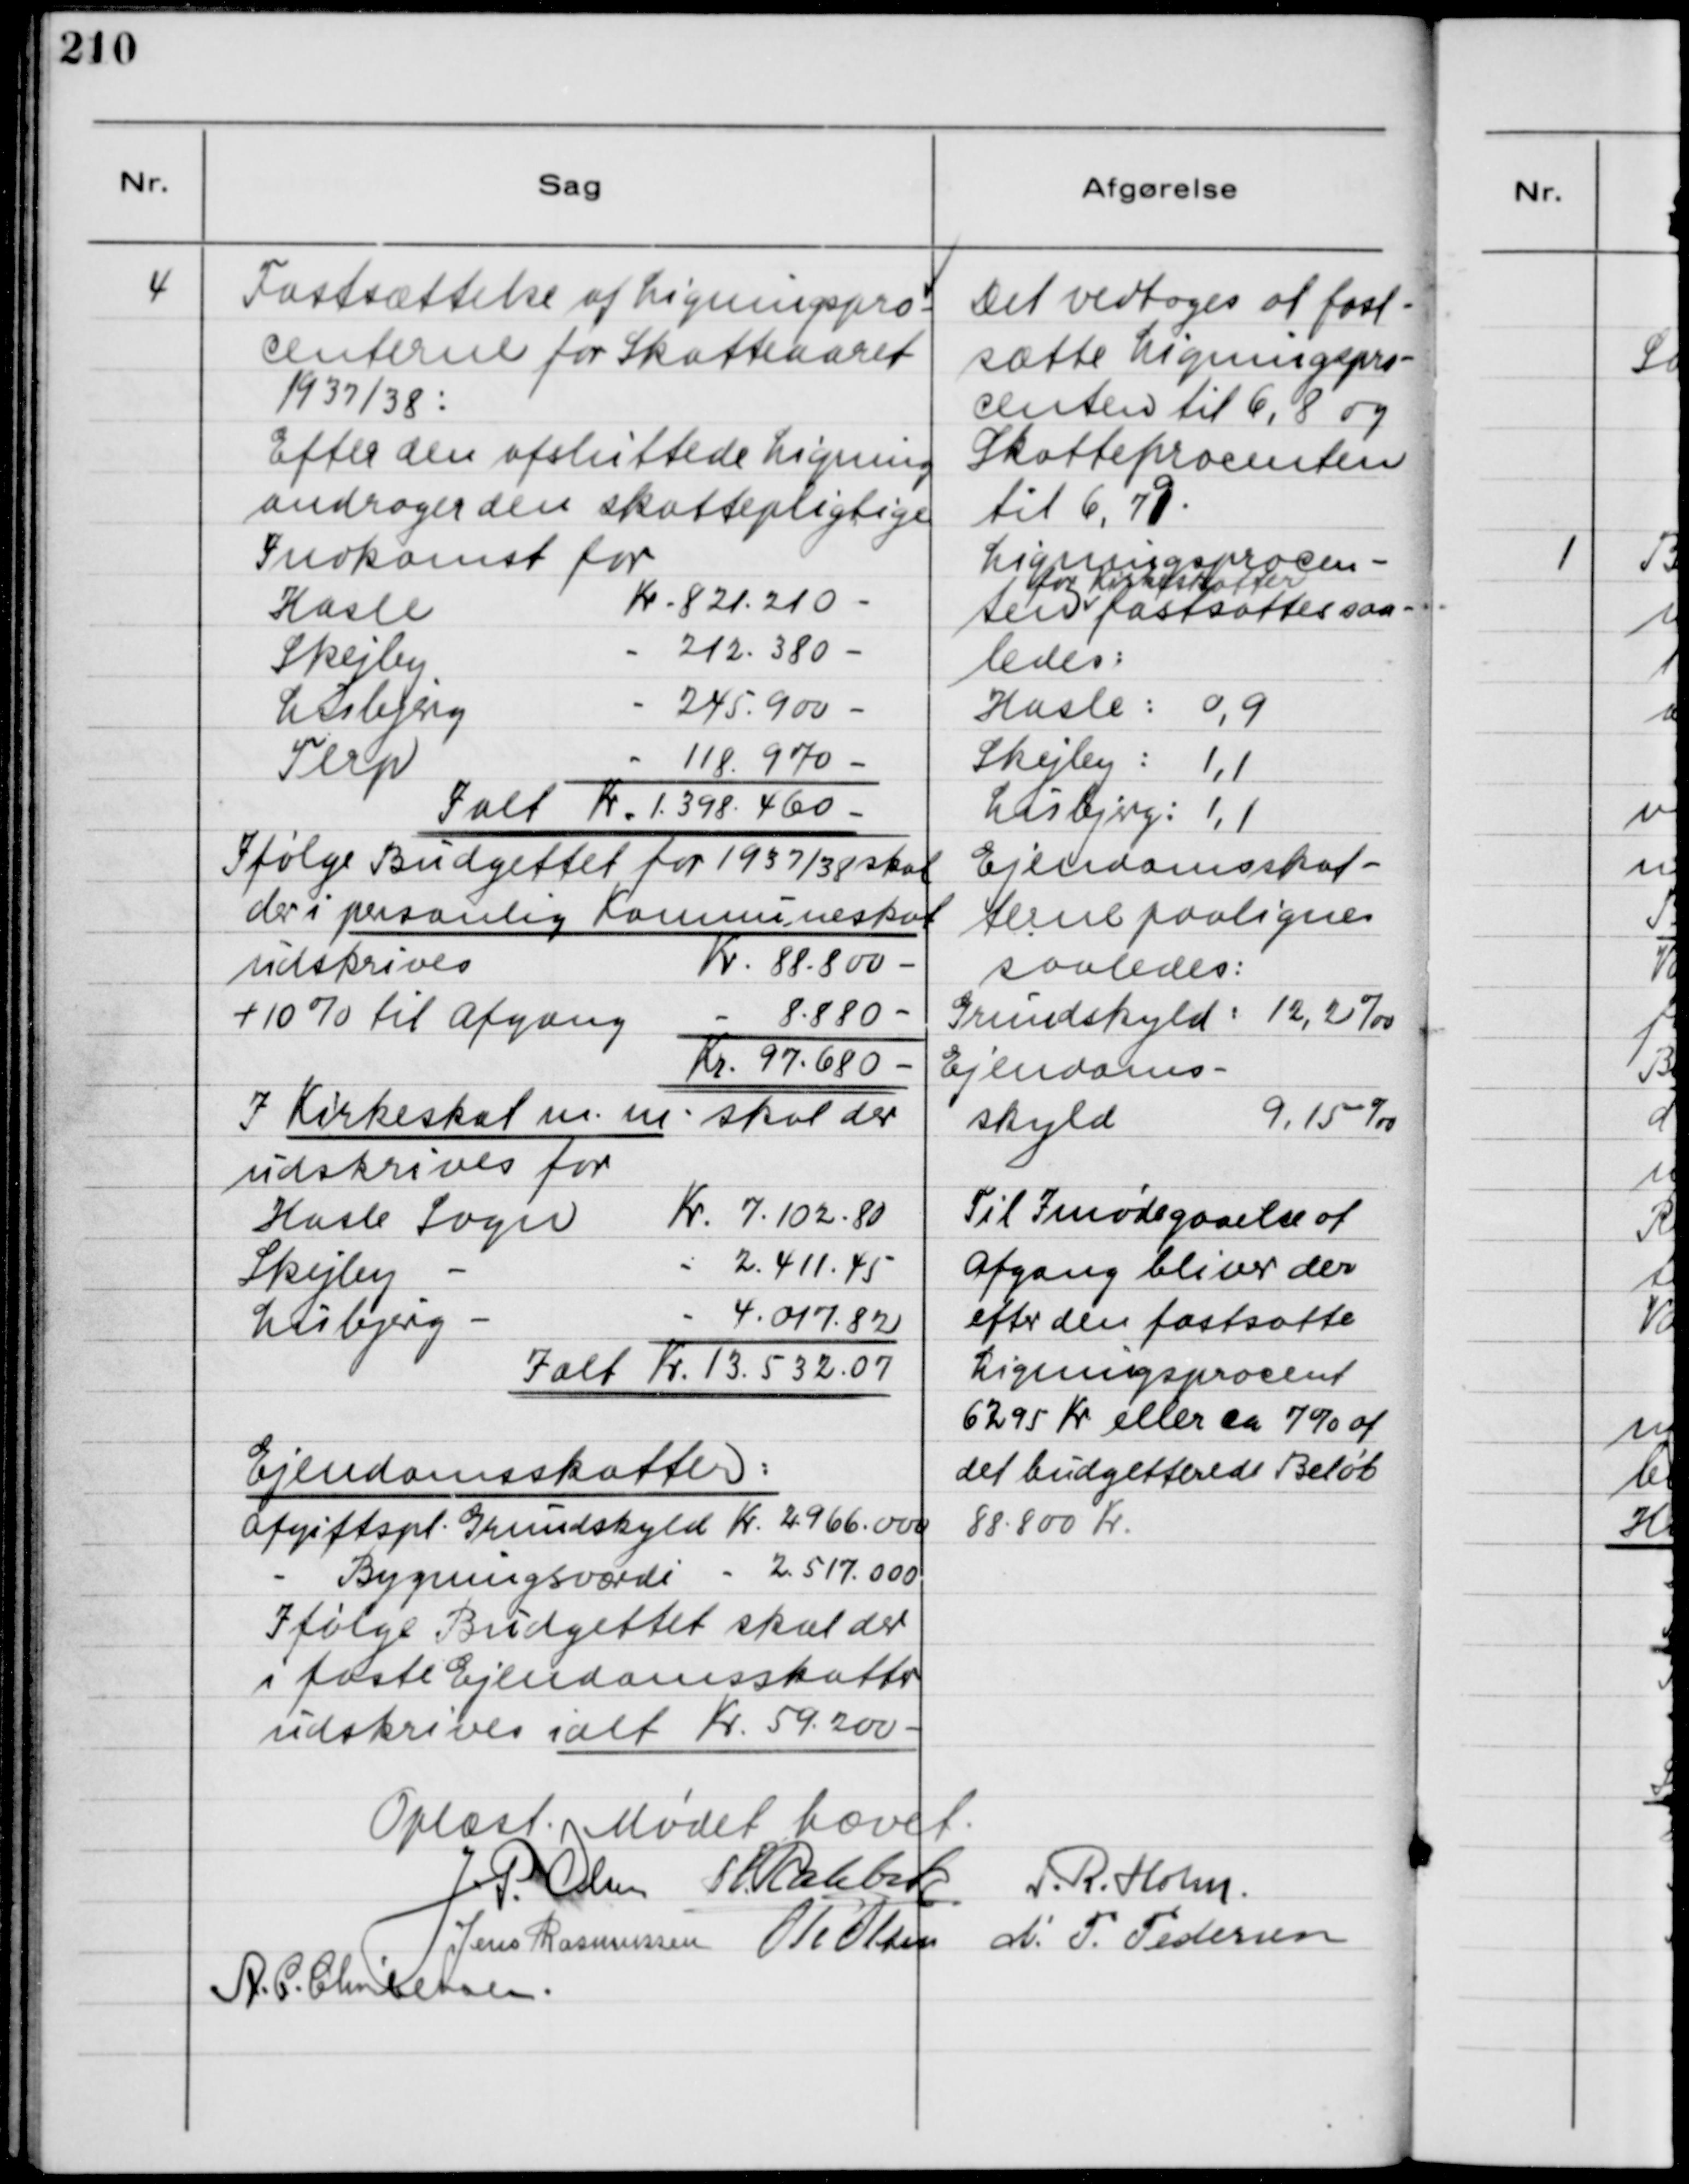
Transskription:
4
Fastsættelse of Ligningspro-
centerne for Skatteaaret
1937/38:
Efter den afsluttede Ligning
andrager den skattepligtige
Indkomst for
Hasle
Kr. 821.210 -
Skejby
- 212.380 -
Lisbjerg
- 245.900 -
Terp
- 118.970-
Ialt Kr.1.398.460
Ifølge Budgettet for 1937/38 skal
der i personlig Kommuneskat
udskrives
Kr. 88.800 -
+ 10% til Afgang
- 8.880 -
Kr. 97.680 -
I Kirkeskat m.m. skal der
udskrives for
Hasle Sogn
Kr. 7.102,80
Skejby -
- 2.411,45
Lisbjerg -
- 4.017,82
Ialt Kr. 13.532,07
Ejendomsskatter:
Afgiftspl. Grundskyld Kr. 2.966.000
- Bygningsværdi - 2.517.000
Ifølge Budgettet skal der
i faste Ejendomsskatter
udskrives ialt Kr. 59.200 -

Det vedtoges at fast-
sætte Ligningspro-
centen til 6,8 og
Skatteprocenten
til 6,79.
Ligningsprocen-
ten
for Kirkeskatter
fastsattes saa-
ledes:
Hasle: 0,9
Skejby: 1,1
Lisbjerg: 1,1
Ejendomsskat-
terne paalignes
saaledes:
Grundskyld: 12,2‰
Ejendoms-
skyld
9,15‰
Til Imødegaaelse af
Afgang bliver der
efter den fastsatte
Ligningsprocent
6295 Kr eller ca 7% af
det budgetferede Beløb.
88.800 Kr.

Oplæst. Mødet hævet
J. P. Olsen
H. Rahbek
S. R. Holm.
Jens Rasmussen
Ole Olsen
N. P. Pedersen
A. C. Christensen.